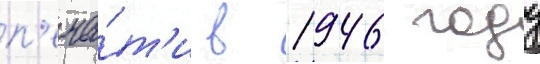
п'еча́т'и в 1946 году